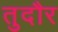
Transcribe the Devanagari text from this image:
तुदौर